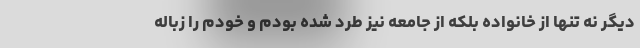
دیگر نه تنها از خانواده بلکه از جامعه نیز طرد شده بودم و خودم را زباله